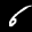
Label: 6